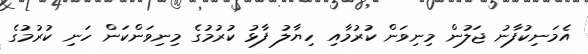
އެމަނިކުފާނު ޖަލުން މިނިވަން ކުރުމާއި ހިޔާލު ފާޅު ކުރުމުގެ މިނިވަންކަން ހަނި ކުރުމުގެ